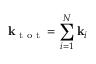
\mathbf { k } _ { \textrm { t o t } } = \sum _ { i = 1 } ^ { N } \mathbf { k } _ { i }